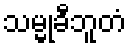
သမ္မုခီဘူတံ